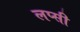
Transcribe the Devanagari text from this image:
लप्सी